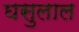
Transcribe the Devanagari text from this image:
घसुलाल